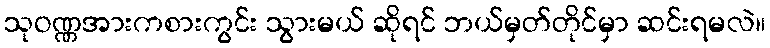
သုဝဏ္ဏအားကစားကွင်း သွားမယ် ဆိုရင် ဘယ်မှတ်တိုင်မှာ ဆင်းရမလဲ။